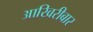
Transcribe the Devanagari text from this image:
आखिरीबार